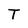
Character: T